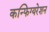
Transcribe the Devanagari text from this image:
कन्फिग्यरेशन